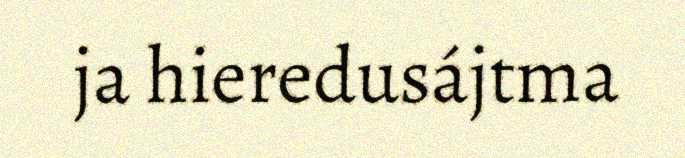
ja hieredusájtma